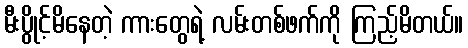
မီးပွိုင့်မိနေတဲ့ ကားတွေရဲ့ လမ်းတစ်ဖက်ကို ကြည့်မိတယ်။